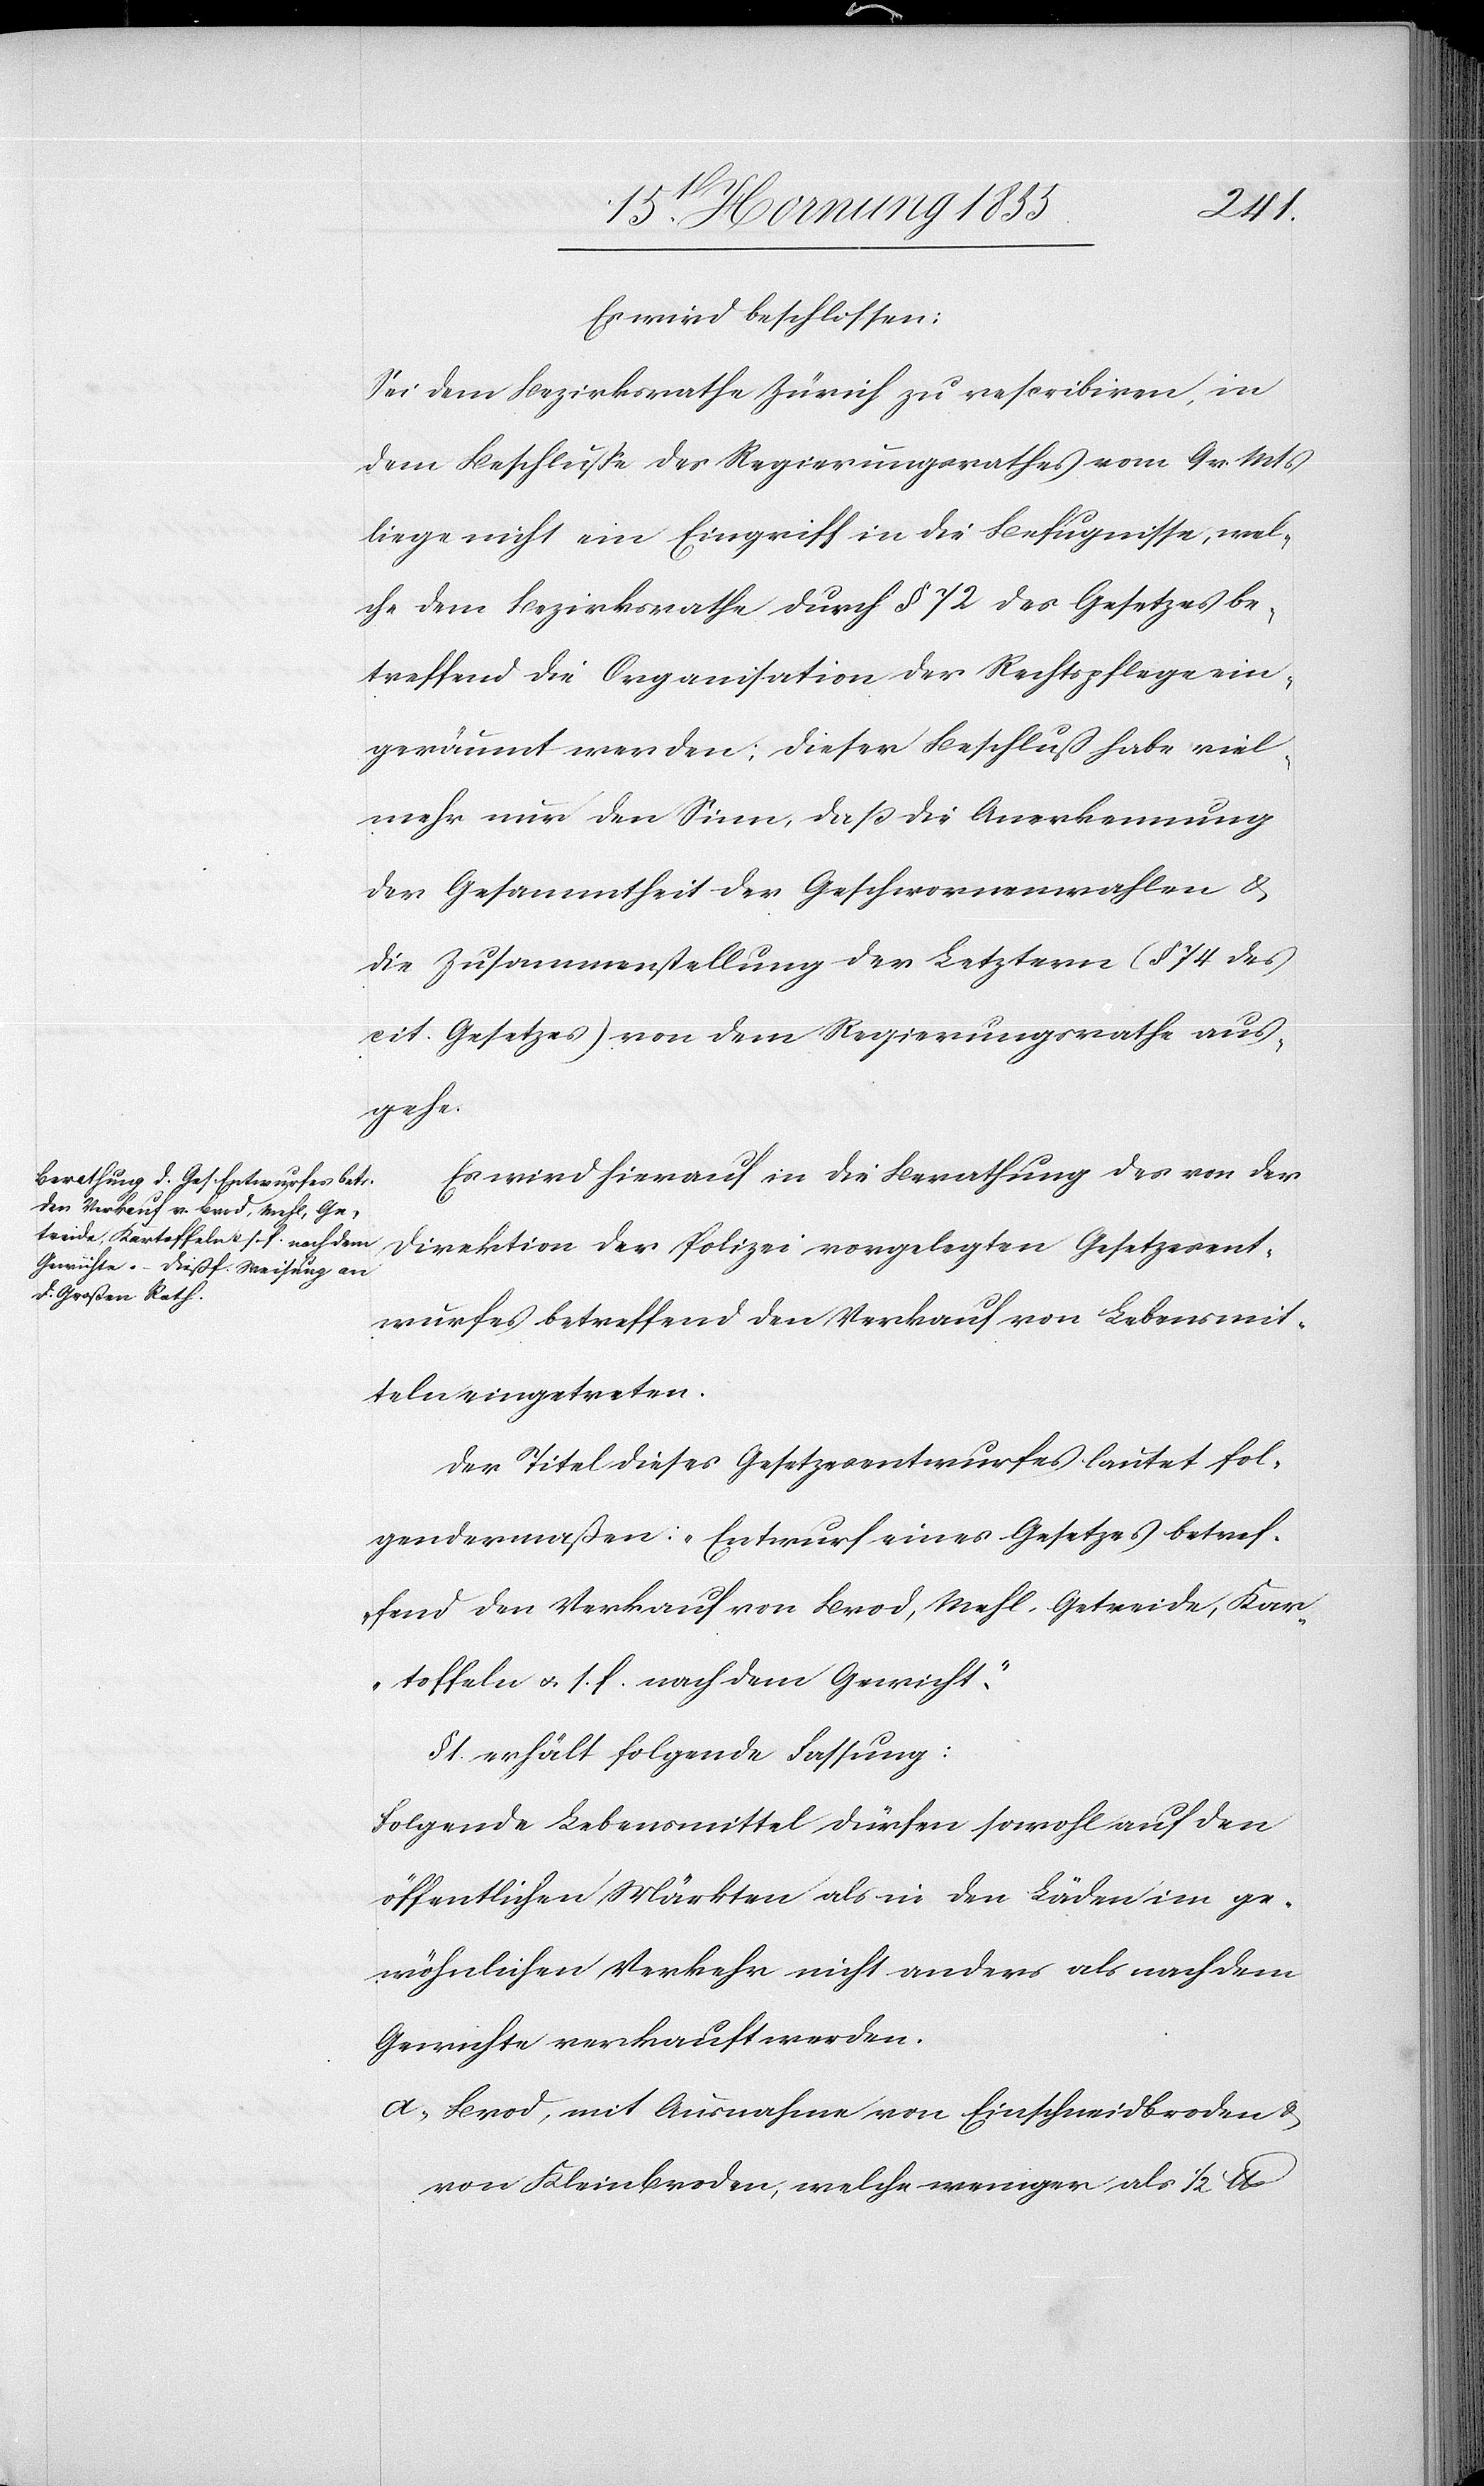
Es wird beschlossen:
Sei dem Bezirksrathe Zürich zu rescribiren, in
dem Beschluße des Regierungsrathes vom 9 v. Mts
liege nicht ein Eingriff in die Befugnisse, wel¬
che dem Bezirksrathe durch § 72 des Gesetzes be¬
treffend die Organisation der Rechtspflege ein¬
geräumt werden; dieser Beschluß habe viel¬
mehr nur den Sinn, daß die Anerkennung
der Gesammtheit der Geschwornenwahlen &
die Zusammenstellung der Letztern (§ 74 des
cit. Gesetzes) von dem Regierungsrathe aus¬
gehe.